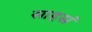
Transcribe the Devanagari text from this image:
साहस्रं